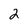
Character: 2